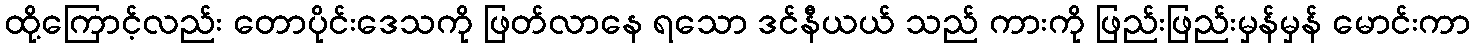
ထို့ကြောင့်လည်း တောပိုင်းဒေသကို ဖြတ်လာနေ ရသော ဒင်နီယယ် သည် ကားကို ဖြည်းဖြည်းမှန်မှန် မောင်းကာ